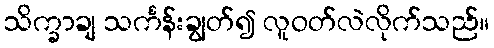
သိက္ခာချ သင်္ကန်းချွတ်၍ လူဝတ်လဲလိုက်သည်။